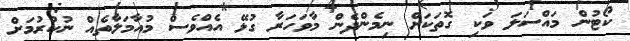
ކޯޓުން މައްސަލަ ވަކި ގޮތަކަށް ނިމެންދެން މާވަހަރާ ގުޅޭ އެއްވެސް މުއާމަލާތެއް ނުކުރުމަށް